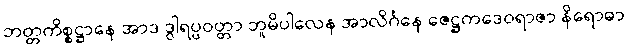
ဘတ္တကိစ္စဋ္ဌာနေ အာဒ ဒွါရပ္ပဝတ္တာ ဘူမိပါလေန အာလိင်္ဂနေ ဇေဋ္ဌကဒေဝရာဇာ နိရောဓာ